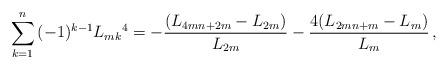
LaTeX: \begin{align*}\sum_{k = 1}^n {( - 1)^{k - 1} L_{mk}{}^4 } = - \frac{{(L_{4mn + 2m} - L_{2m} )}}{{L_{2m} }} - \frac{{4(L_{2mn + m} - L_m )}}{{L_m }}\,,\end{align*}